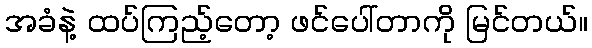
အခံနဲ့ ထပ်ကြည့်တော့ ဖင်ပေါ်တာကို မြင်တယ်။